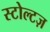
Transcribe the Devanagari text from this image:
स्टोल्टज़